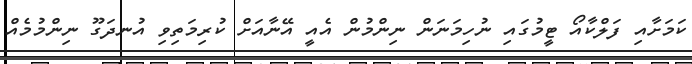
ކަމަށާއި ފަލްކާއޯ ޓީމުގައި ނުހިމަނަން ނިންމުން އެއީ އޭނާއަށް ކުރިމަތިވި އުނދަގޫ ނިންމުމެއް